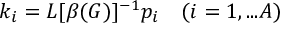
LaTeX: k _ { i } = L [ \beta ( G ) ] ^ { - 1 } p _ { i } \quad ( i = 1 , . . . A )